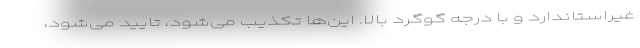
غیراستاندارد و با درجه گوگرد بالا. این‌ها تکذیب می‌شود، تایید می‌شود،